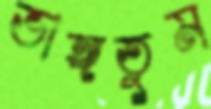
ভাঙ্গতুম